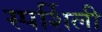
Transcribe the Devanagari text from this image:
स्पर्शिली